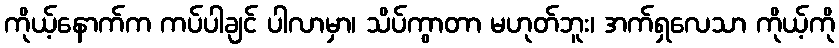
ကိုယ့်နောက်က ကပ်ပါချင် ပါလာမှာ၊ သိပ်ကွာတာ မဟုတ်ဘူး၊ အက်ရှလေသာ ကိုယ့်ကို